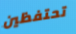
تحتفظين